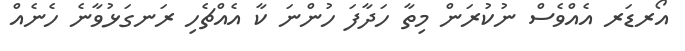
އޯރޑަރ އެއްވެސް ނުކުރަން މިތާ ހަދާފަ ހުންނަ ކާ އެއްޗެހި ރަނގަޅުވާނެ ހެނެއް